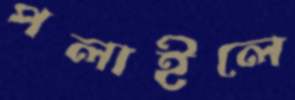
পলাইলে